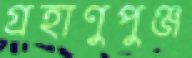
গ্রহাণুপুঞ্জ